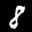
Label: 8